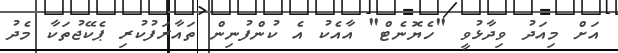
އަށް މިއަދު ވިދާޅުވީ "ހެޔޮނެޓް" އާއެކު އެ ކުންފުނިން ތައާރަފުކުރި ޕެކޭޖުތަކާ މެދު